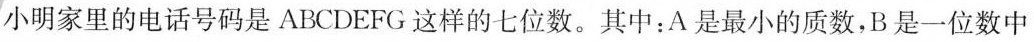
小明家里的电话号码是ABCDEFG这样的七位数。其中：A是最小的质数，B是一位数中